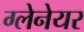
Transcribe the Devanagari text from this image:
ग्लेनेयर